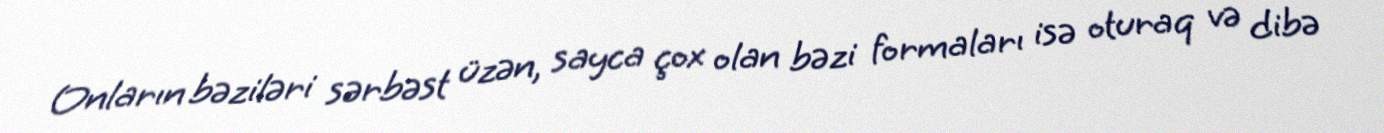
Onların bəziləri sərbəst üzən, sayca çox olan bəzi formaları isə oturaq və dibə